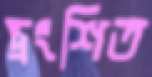
ভ্রংশিত